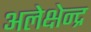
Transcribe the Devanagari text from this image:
अलेक्षेन्द्र